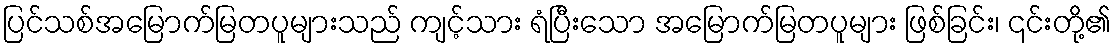
ပြင်သစ်အမြောက်မြတပူများသည် ကျင့်သား ရံပြီးသော အမြောက်မြတပူများ ဖြစ်ခြင်း၊ ၎င်းတို့၏